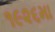
૧૯૨૬મા